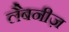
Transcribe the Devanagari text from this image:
लैबनीज़